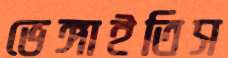
ভেঙ্গাইতিস